Lunatic asylums in Bengal annual reports 1899-1911 - 1899-1911
Year: 1899
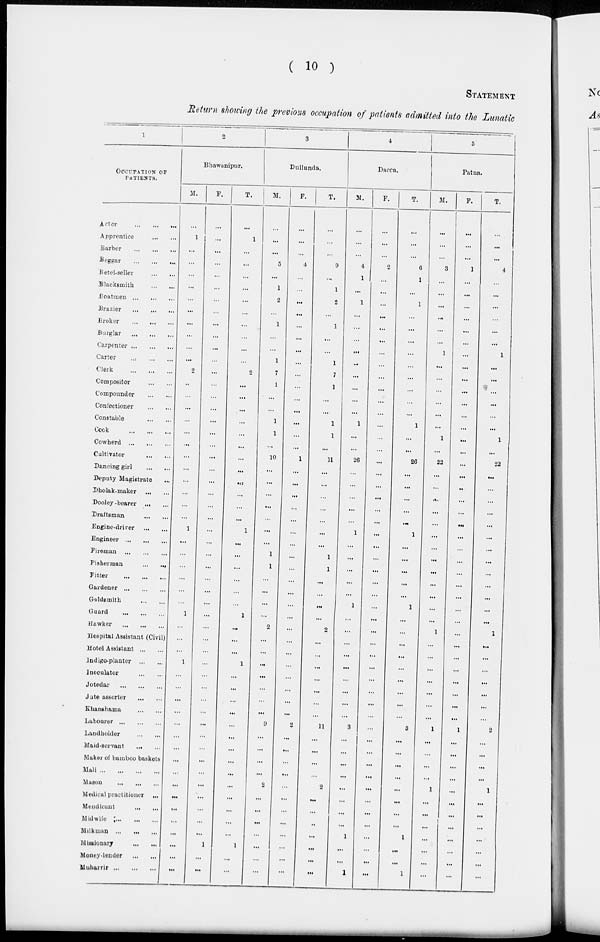
( 10 )
STATEMENT
Return showing the previous occupation of patients admitted into the Lunatic
1
OCCUPATION OF
PATIENTS.
Actor
...
...
...
Apprentice
...
...
Barber
...
...
...
Beggar
...
...
...
Betel-seller
...
...
Blacksmith
...
...
Boatmen
...
...
...
Brazier
...
...
...
Broker ... ... ...
Burglar
...
...
...
Carpenter
...
...
...
Carter
...
...
...
Clerk
...
...
...
Compositor
...
...
Compounder
...
...
Confectioner
...
...
Constable
...
...
Cook
...
...
...
Cowherd
...
...
...
Cultivator
...
...
Dancing girl
...
...
Deputy Magistrate ...
Dholak-maker
...
...
Dooley-bearer ... ...
Draftsman
...
...
Engine-driver
...
...
Engineer
...
...
...
Fireman
...
...
...
Fisherman
...
...
Fitter
...
...
...
Gardener
...
...
...
Goldsmith
...
...
Guard ... ... ...
Hawker
...
...
...
Hospital Assistant (Civil)
Hotel Assistant
...
...
Indigo-planter
...
...
Inoculator
...
...
Jotedar
...
...
...
Jute assorter
...
...
Khanshama
...
...
Labourer
...
...
...
Landholder
...
...
Maid-servant
...
...
Maker of bamboo baskets
Mali
...
...
...
...
Mason
...
...
...
Medical practitioner ...
Mendicant
...
...
Midwife
...
...
...
Milkman
...
...
...
Missionary
...
...
Money-lender
...
...
Muharrir
...
...
...
2
Bhawanipur.
M.
...
1
...
...
...
...
...
...
...
...
...
...
2
...
...
...
...
...
...
...
...
...
...
...
...
1
...
...
...
...
...
...
1
...
...
...
1
...
...
...
...
...
...
...
...
...
...
...
...
...
...
...
...
...
F.
...
...
...
...
...
...
...
...
...
...
...
...
...
...
...
...
...
...
...
...
...
...
...
...
...
...
...
...
...
...
...
...
...
...
...
...
...
...
...
...
...
...
...
...
...
...
...
...
...
...
...
1
...
...
T.
...
1
...
...
...
...
...
...
...
...
...
...
2
...
...
...
...
...
...
...
...
...
...
...
...
1
...
...
...
...
...
...
1
...
...
...
1
...
...
...
...
...
...
...
...
...
...
...
...
...
...
1
...
...
3
Dullunda.
M.
...
...
...
5
...
1
2
...
1
...
...
1
7
1
...
...
1
1
...
10
...
...
...
...
...
...
...
1
1
...
...
...
...
2
...
...
...
...
...
...
...
9
...
...
...
...
2
...
...
...
...
...
...
...
F.
...
...
...
4
...
...
...
...
...
...
...
...
...
...
...
...
...
...
...
1
...
...
...
...
...
...
...
...
...
...
...
...
...
...
...
...
...
...
...
...
...
2
...
...
...
...
...
...
...
...
...
...
...
...
T.
...
...
...
9
...
1
2
...
1
...
...
1
7
1
...
...
1
1
...
11
...
...
...
...
...
...
...
1
1
...
...
...
...
2
...
...
...
...
...
...
...
11
...
...
...
...
2
...
...
...
...
...
...
...
4
Dacca.
M.
...
...
...
4
1
...
1
...
...
...
...
...
...
...
...
...
1
...
...
26
...
...
...
...
...
1
...
...
...
...
...
1
...
...
...
...
...
...
...
...
...
3
...
...
...
...
...
...
...
...
1
...
...
1
F.
...
...
...
2
...
...
...
...
...
...
...
...
...
...
...
...
...
...
...
...
...
...
...
...
...
...
...
...
...
...
...
...
...
...
...
...
...
...
...
...
...
...
...
...
...
...
...
...
...
...
...
...
...
...
T.
...
...
6
1
...
1
...
...
...
...
...
...
...
...
...
1
...
...
26
...
...
...
...
...
1
...
...
...
...
...
1
...
...
...
...
...
...
...
...
...
3
...
...
...
...
...
...
...
...
1
...
...
1
5
Patna.
M.
...
...
...
3
...
...
...
...
...
...
1
...
...
...
...
...
...
1
...
22
...
...
...
...
...
...
...
...
...
...
...
...
...
1
...
...
...
...
...
...
...
1
...
...
...
...
1
...
...
...
...
...
...
...
F.
...
...
...
1
...
...
...
...
...
...
...
...
...
...
...
...
...
...
...
...
...
...
...
...
...
...
...
...
...
...
...
...
...
...
...
...
...
...
...
...
...
1
...
...
...
...
...
...
...
...
...
...
...
...
T.
...
...
...
4
...
...
...
...
...
...
1
...
...
...
...
...
...
1
...
22
...
...
...
...
...
...
...
...
...
...
...
...
...
1
...
...
...
...
...
...
...
2
...
...
...
...
1
...
...
...
...
...
...
...